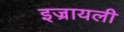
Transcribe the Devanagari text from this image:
इज्रायली